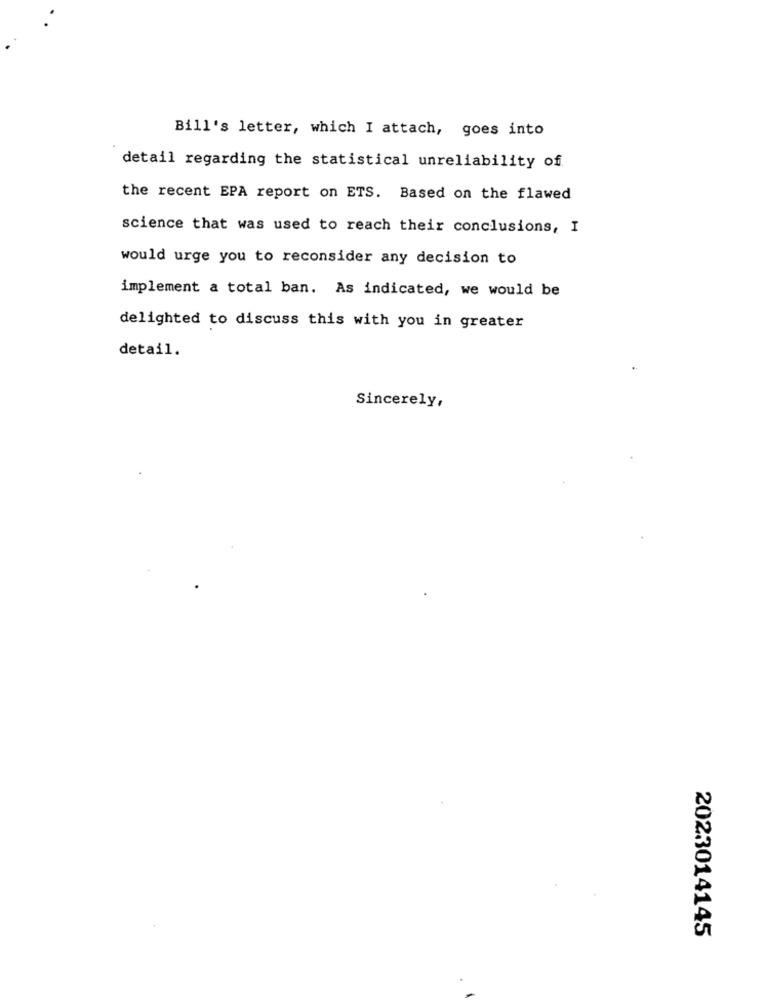
Bill's letter, which I attach, goes into
detail regarding the statistical unreliability of
the recent EPA report on ETS. Based on the flawed
science that was used to reach their conclusions, I
would urge you to reconsider any decision to
implement a total ban. As indicated, we would be
delighted to discuss this with you in greater
detail.
Sincerely,
2023014145